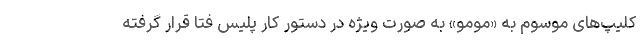
کلیپ‌ھای موسوم به «مومو» به صورت ویژه در دستور کار پلیس فتا قرار گرفته